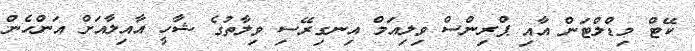
ކޭޓް މިޑްލްޓަން އާއި ޕްރިންސް ވިލިއަމް އިނގިރޭސި ވިލާތުގެ ޝާހީ އާއިލާއަށް އަންހެން